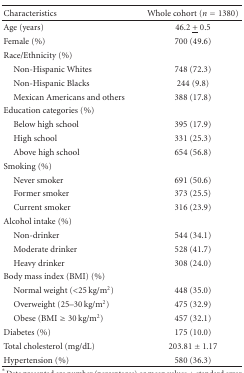
| Characteristics | Whole cohort (n = 1380) |
 | --- | --- |
 | Age (years) | 46.2 <underline>+</underline> 0.5 |
 | Female (%) | 700 (49.6) |
 | Race/Ethnicity (%) |  |
 | Non-Hispanic Whites | 748 (72.3) |
 | Non-Hispanic Blacks | 244 (9.8) |
 | Mexican Americans and others | 388 (17.8) |
 | Education categories (%) |  |
 | Below high school | 395 (17.9) |
 | High school | 331 (25.3) |
 | Above high school | 654 (56.8) |
 | Smoking (%) |  |
 | Never smoker | 691 (50.6) |
 | Former smoker | 373 (25.5) |
 | Current smoker | 316 (23.9) |
 | Alcohol intake (%) |  |
 | Non-drinker | 544 (34.1) |
 | Moderate drinker | 528 (41.7) |
 | Heavy drinker | 308 (24.0) |
 | Body mass index (BMI) (%) |  |
 | Normal weight (<25 kg/m2) | 448 (35.0) |
 | Overweight (25–30 kg/m2) | 475 (32.9) |
 | Obese (BMI ≥ 30 kg/m2) | 457 (32.1) |
 | Diabetes (%) | 175 (10.0) |
 | Total cholesterol (mg/dL) | 203.81 ± 1.17 |
 | Hypertension (%) | 580 (36.3) |